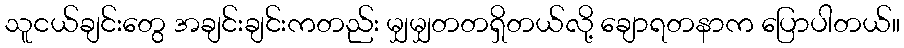
သူငယ်ချင်းတွေ အချင်းချင်းကတည်း မျှမျှတတရှိတယ်လို့ ချောရတနာက ပြောပါတယ်။